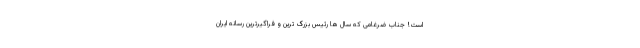
است! جناب ضرغامی که سال ها رئیس بزرگ ترین و فراگیرترین رسانه ایران